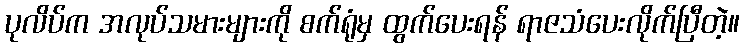
ပုလိပ်က အလုပ်သမားများကို စက်ရုံမှ ထွက်ပေးရန် ရာဇသံပေးလိုက်ပြီတဲ့။